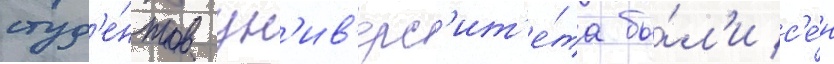
студ'е́нтов ун'ив'ерс'ит'е́та бы́л'и с'е́н